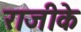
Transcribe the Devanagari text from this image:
राजीके